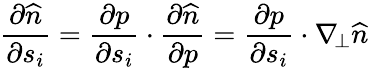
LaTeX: \frac{\partial\widehat{n}}{\partial s_{i}}=\frac{\partial p}{\partial s_{i}}\cdot\frac{\partial\widehat{n}}{\partial p}=\frac{\partial p}{\partial s_{i}}\cdot\nabla_{\! \bot}\widehat{n}